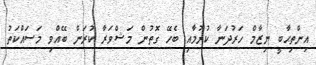
އިންތިޙާބީ ނިޒާމް ހަރުދަނާ ކުރުމާއި ބެހޭ ގޮތުން މަޝްވަރާ ކުރަން ބޭއްވި މަސައްކަތު